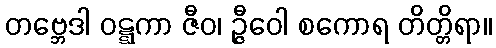
တဗ္ဘေဒါ ဝဋ္ဋကာ ဇီဝ၊ ဉ္ဇီဝေါ စကောရ တိတ္တိရာ။